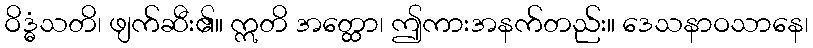
ဝိဒ္ဓံသတိ၊ ဖျက်ဆီး၏။ ဣတိ အတ္ထော၊ ဤကားအနက်တည်း။ ဒေသနာဝသာနေ၊